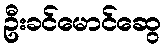
ဦးခင်မောင်ဆွေ